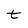
Character: t